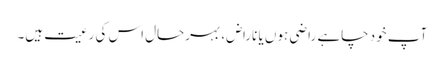
آپ خود چاہے راضی ہوں یا ناراض، بہرحال اس کی رعیت ہیں۔